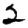
Digit: 2